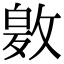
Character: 𭤂